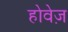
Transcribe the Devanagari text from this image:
होवेज़